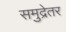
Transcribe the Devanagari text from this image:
समुद्रेतर